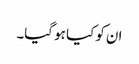
ان کو کیا ہو گیا۔